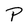
Character: P